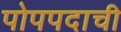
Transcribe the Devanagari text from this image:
पोपपदाची